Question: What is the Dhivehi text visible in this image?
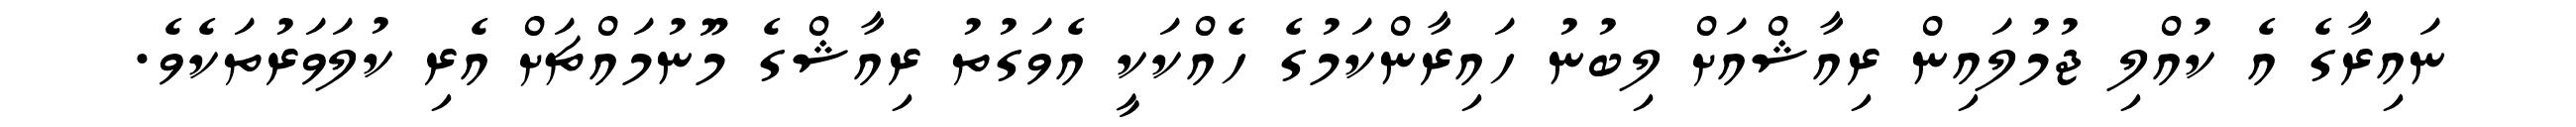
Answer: ނައިރާގެ އެ ކުއްލި ޖުމުލައިން ރިއާޝްއަށް ލިބުނު ހައިރާންކަމުގެ ހެއްކަކީ އެވަގުތު ރިއާޝްގެ މޫނުމައްޗަށް އެރި ކުލަވަރުތަކެވެ.